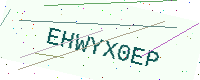
Text: EHWYX0EP